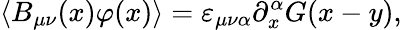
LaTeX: \langle B_{\mu\nu}(x)\varphi(x)\rangle=\varepsilon_{\mu\nu\alpha}\partial_{x}^{\alpha}G(x-y),